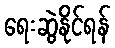
ရေးဆွဲနိုင်ရန်